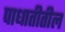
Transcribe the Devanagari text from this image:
पाधातीतील